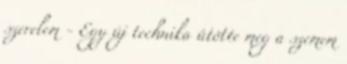
szerelem - Egy új technika ütötte meg a szemem